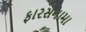
ફારસનામા